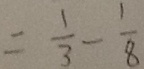
= \frac { 1 } { 3 } - \frac { 1 } { 8 }